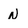
Character: N